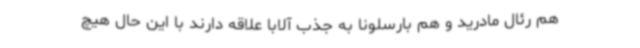
هم رئال مادرید و هم بارسلونا به جذب آلابا علاقه دارند با این حال هیچ